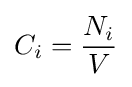
C_{i}={\frac {N_{i}}{V}}